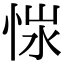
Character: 𢚭